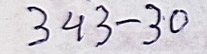
343 - 30